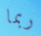
ربما